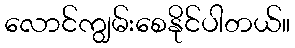
လောင်ကျွမ်းစေနိုင်ပါတယ်။